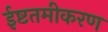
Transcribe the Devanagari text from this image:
ईष्टतमीकरण